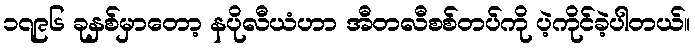
၁၇၉၆ ခုနှစ်မှာတော့ နပိုလီယံဟာ အီတလီစစ်တပ်ကို ပဲ့ကိုင်ခဲ့ပါတယ်။